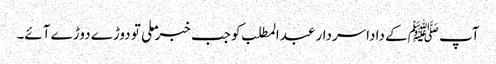
آپ ﷺکے داداسردار عبدالمطلب کو جب خبر ملی تو دوڑے دوڑے آئے۔